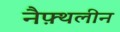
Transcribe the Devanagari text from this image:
नैफ़्थलीन